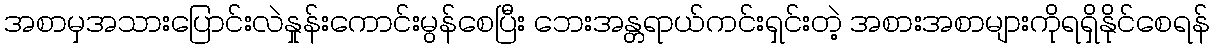
အစာမှအသားပြောင်းလဲနှုန်းကောင်းမွန်စေပြီး ဘေးအန္တရာယ်ကင်းရှင်းတဲ့ အစားအစာများကိုရရှိနိုင်စေရန်